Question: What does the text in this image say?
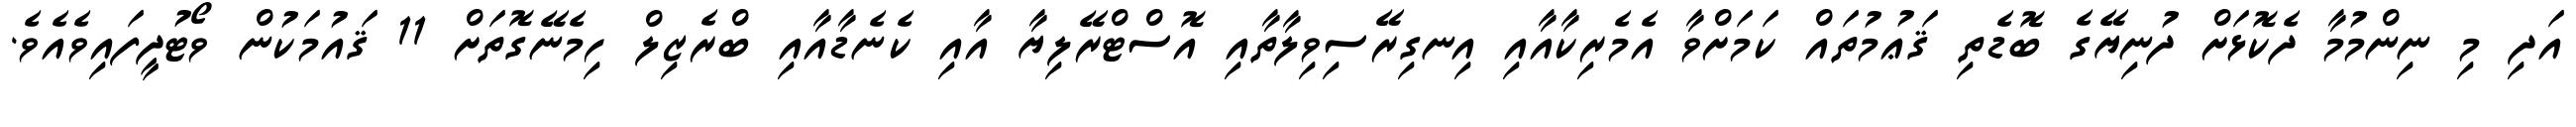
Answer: އަދި މި ނިންމުމާ ދެކޮޅަށް ދުނިޔޭގެ ބޮޑެތި ޤަޢުމުތައް ކަމަށްވާ އެމެރިކާއާއި އިނގިރޭސިވިލާތާއި އޮސްޓްރޭލިޔާ އާއި ކެނެޑާއާއި ބްރެޒިލް ހިމެނޭގޮތަށް 11 ޤައުމަކުން ވޯޓުދީފައިވެއެވެ.